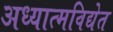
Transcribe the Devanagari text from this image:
अध्यात्मविद्येत